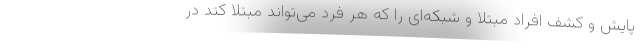
پایش و کشف افراد مبتلا و شبکه‌ای را که هر فرد می‌تواند مبتلا کند در